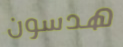
هدسون